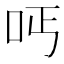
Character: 𠰁